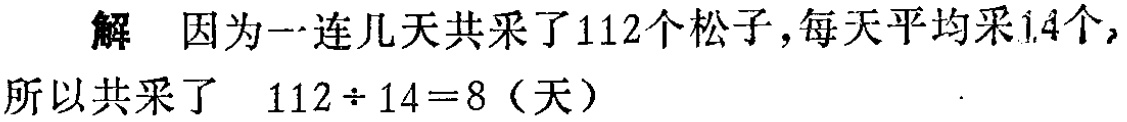
解 因为一连几天共采了112个松子，每天平均采14个，

所以共采了 \(112\div 14 = 8\)（天）